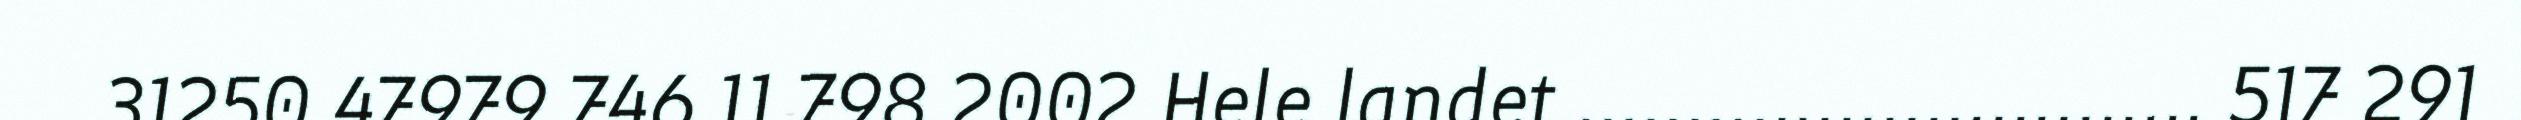
31250 47979 746 11 798 2002 Hele landet ............................. 517 291